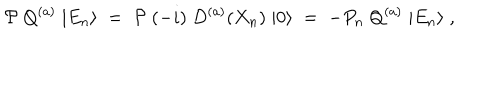
{ \cal P } \; Q ^ { ( a ) } \; | E _ { n } \rangle \; = \; { \cal P } \; ( - i ) \; D ^ { ( a ) } ( X _ { n } ) \; | 0 \rangle \; = \; - P _ { n } \; Q ^ { ( a ) } \; | E _ { n } \rangle \; ,